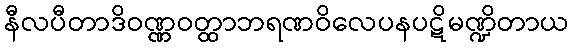
နီလပီတာဒိဝဏ္ဏဝတ္ထာဘရဏဝိလေပနပဋိမဏ္ဍိတာယ